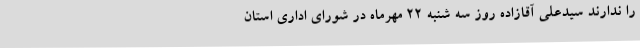
را ندارند سیدعلی آقازاده روز سه شنبه 22 مهرماه در شورای اداری استان